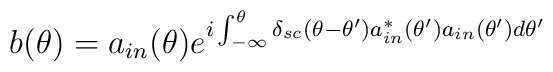
b(\theta )=a_{in}(\theta )e^{i\int_{-\infty }^{\theta }\delta _{sc}(\theta-\theta ^{\prime })a_{in}^{*}(\theta ^{\prime })a_{in}(\theta ^{\prime})d\theta ^{\prime }}